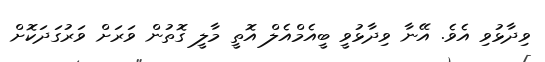
ވިދާޅުވި އެވެ. އޭނާ ވިދާޅުވީ ބީއެމްއެލް އޮތީ މާލީ ގޮތުން ވަރަށް ވަރުގަދަކޮށް